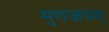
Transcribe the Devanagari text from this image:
मुराजपम्